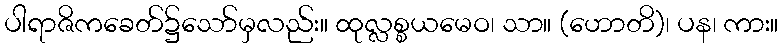
ပါရာဇိကခေတ်၌သော်မှလည်း။ ထုလ္လစ္စယမေဝ၊ သာ။ (ဟောတိ)၊ ပန၊ ကား။